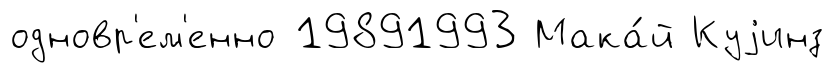
одновр'ем'енно 19891993 Мака́й Куjинз